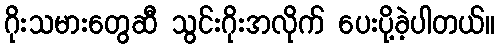
ဂိုးသမားတွေဆီ သွင်းဂိုးအလိုက် ပေးပို့ခဲ့ပါတယ်။